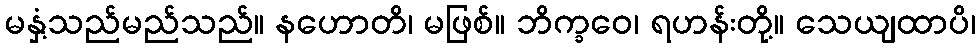
မနှံ့သည်မည်သည်။ နဟောတိ၊ မဖြစ်။ ဘိက္ခဝေ၊ ရဟန်းတို့။ သေယျထာပိ၊